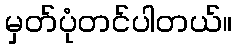
မှတ်ပုံတင်ပါတယ်။